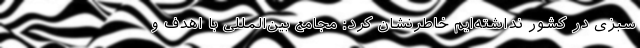
سبزی در کشور نداشته‌ایم خاطرنشان کرد: مجامع بین‌المللی با اهدف و